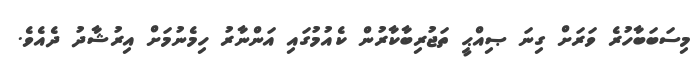
މިސަބަބާހުރެ ވަރަށް ގިނަ ޞިއްޙީ ތަޖުރިބާކާރުން ކެއުމުގައި އަންނާރު ހިމެނުމަށް އިރުޝާދު ދެއެވެ.